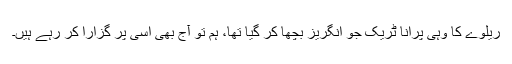
ریلوے کا وہی پرانا ٹریک جو انگریز بچھا کر گیا تھا، ہم تو آج بھی اسی پر گزارا کر رہے ہیں۔